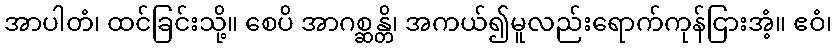
အာပါတံ၊ ထင်ခြင်းသို့။ စေပိ အာဂစ္ဆန္တိ၊ အကယ်၍မူလည်းရောက်ကုန်ငြားအံ့။ ဧဝံ၊